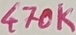
Text: 470K